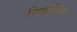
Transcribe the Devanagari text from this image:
रिचर्डचा